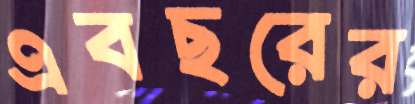
এবছরের